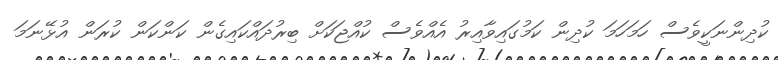
ކުދިންނަކީވެސް ހަމަހަމަ ކުދިން ކަމުގައިވާއިރު އެއްވެސް ކުއްޖަކަށް ބިރުދައްކައިގެން ކަންކަން ކުރަން އުޅޭނަމަ